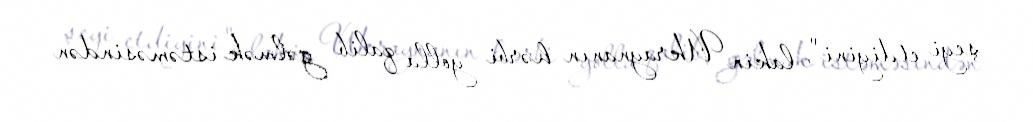
şeyi etdiyini", lakin Ukraynanın hərbi yolla qalib gəlmək istəməsindən